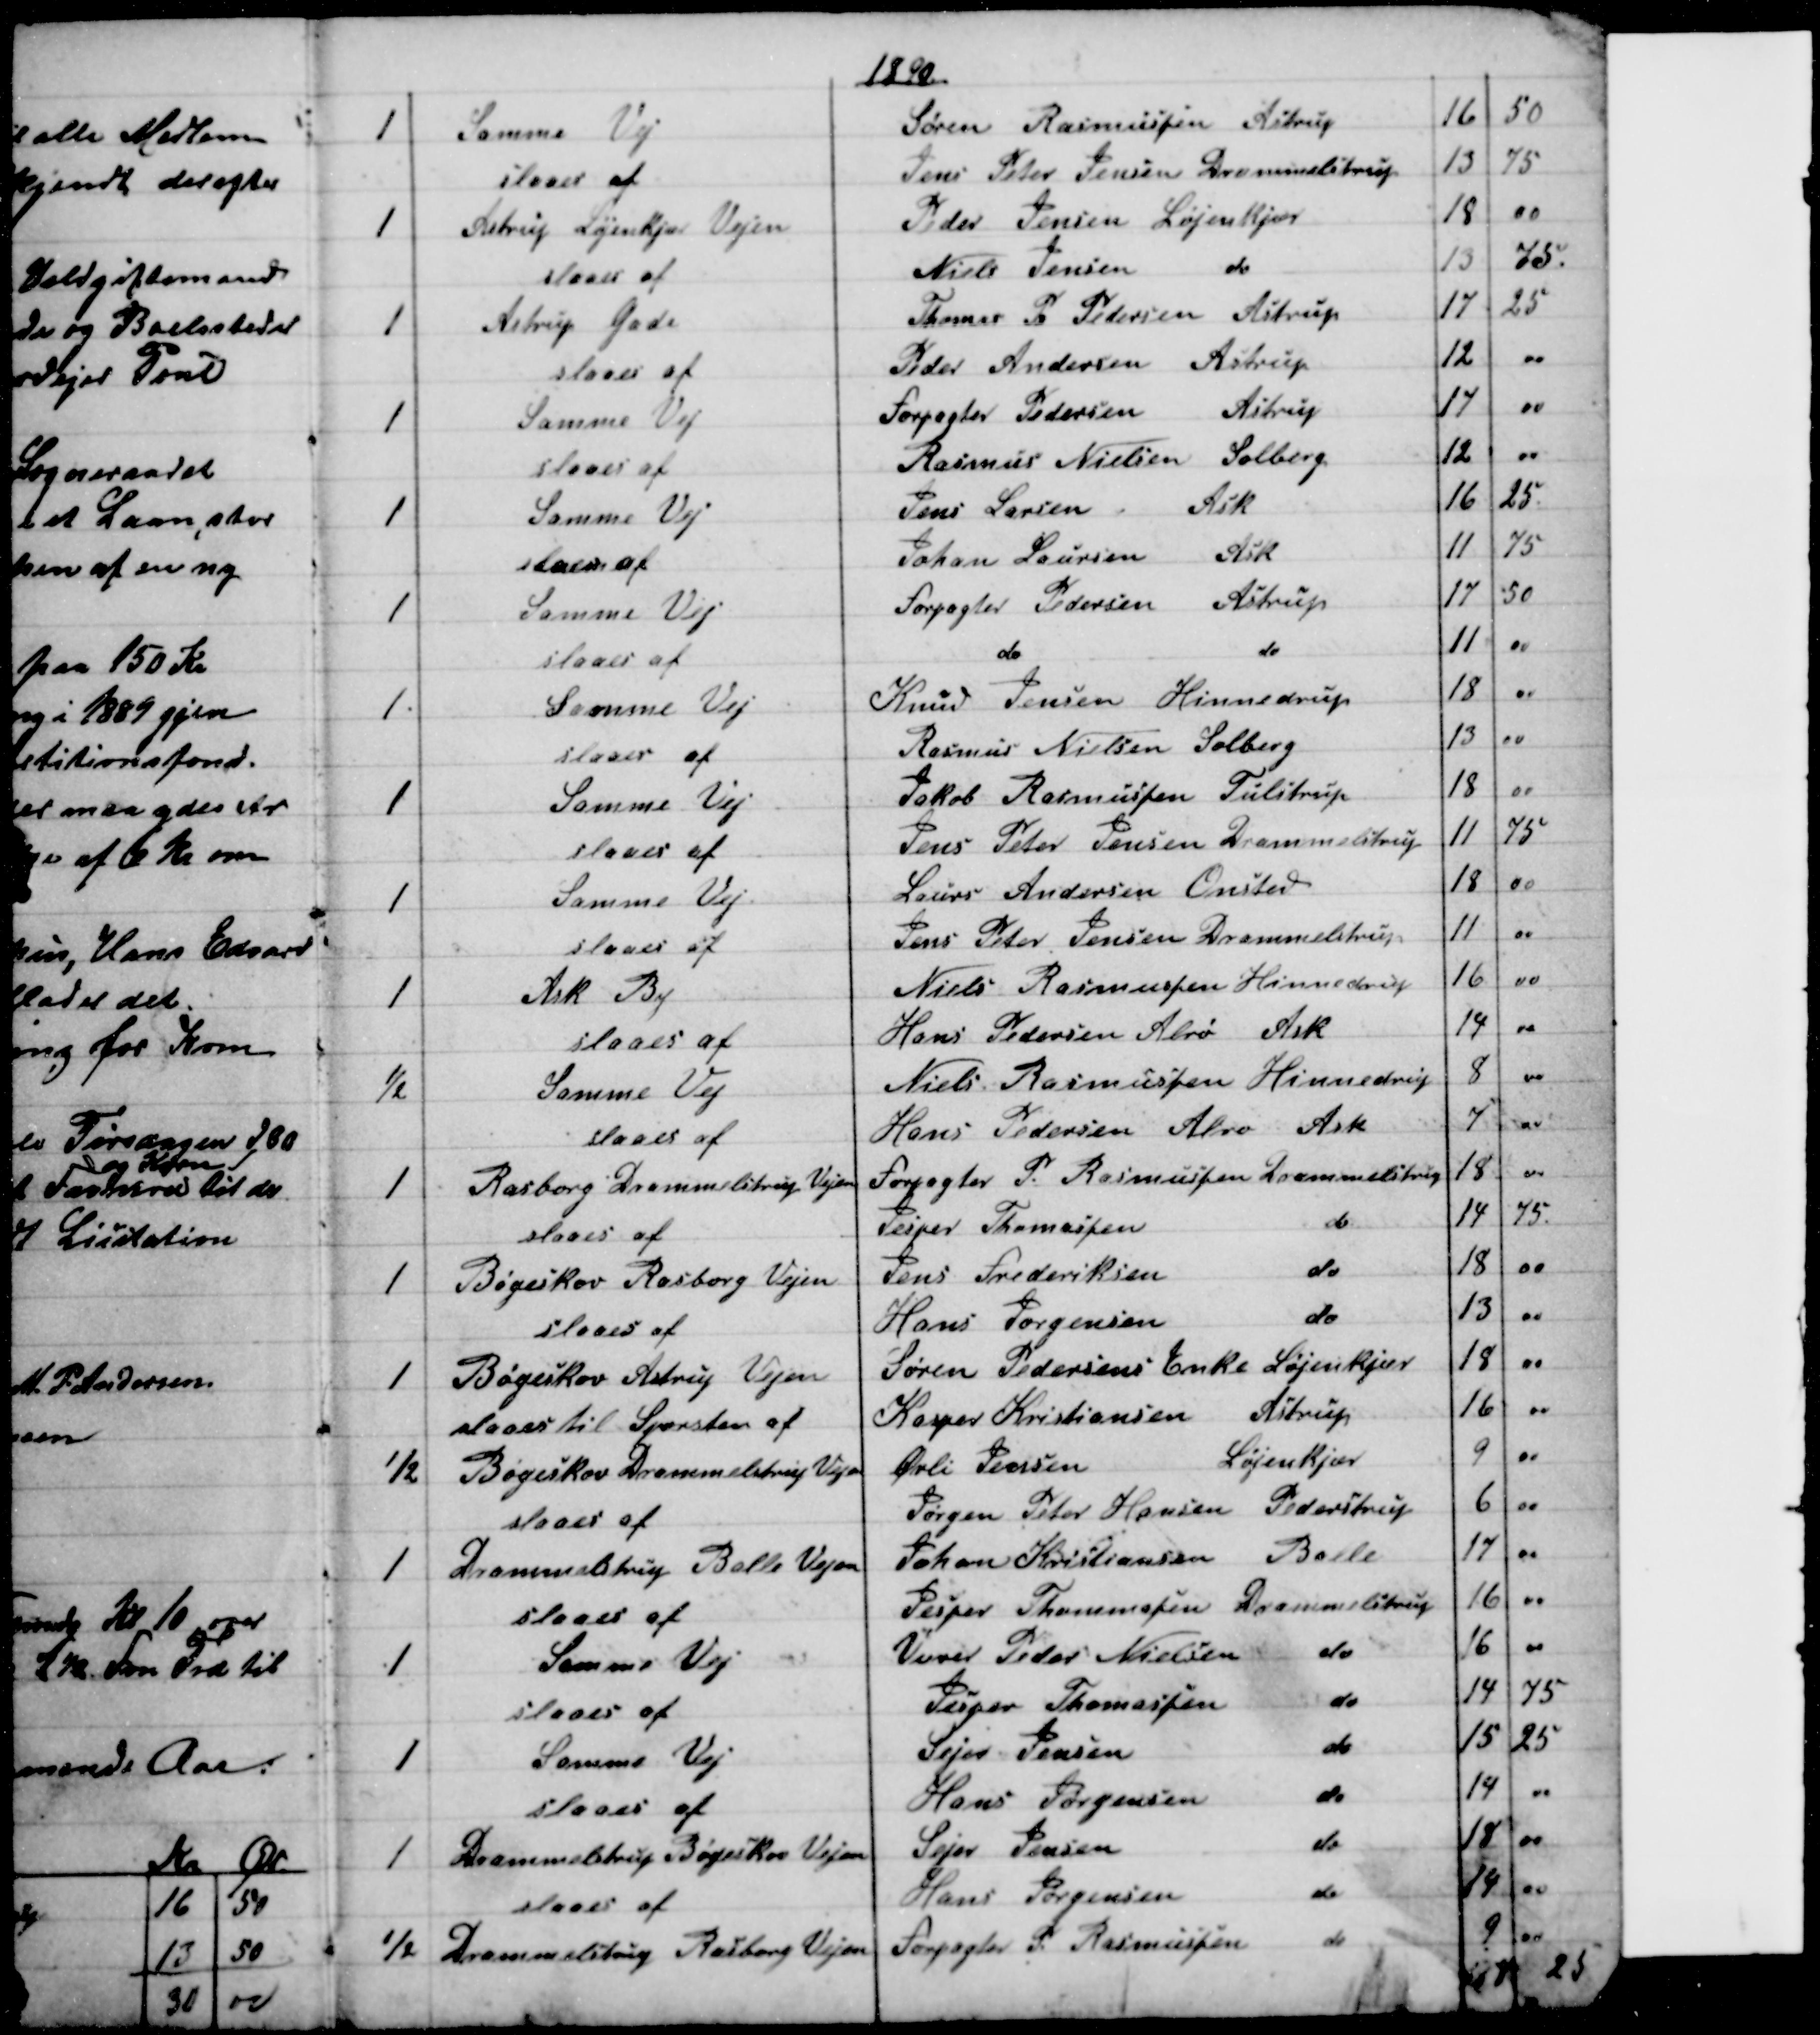
Transskription:
1890
1
Samme Vej
Søren Rasmussen Astrup
16
50
slaaes af
Jens Peter Jensen Drammelstrup
13
75
1
Astrup Løjenkjær Vejen
Peder Jensen Løjenkjær
18
00
slaaes af
Niels Jensen do
13
75.
1
Astrup Gade
Thomas P. Pedersen Astrup
17
25
slaaes af
Peder Andersen Astrup
12
00
1
Samme Vej
Forpagter Pedersen Astrup
17
00
slaaes af
Rasmus Nielsen  Solberg
12
00
1
Samme Vej
Jens Larsen  Ask
16
25.
slaaes af
Johan Laursen Ask
11
75
1
Samme Vej
Forpagter Pedersen Astrup
17
50
slaaes af
do 
do
11
00
1.
Samme Vej
Knud Jensen Hinnedrup
18
00
slaaes af
Rasmus Nielsen Solberg
13
00
1
Samme Vej
Jakob Rasmussen Tulstrup
18
00
slaaes af
Jens Peter Jensen Drammelstrup
11
75
1
Samme Vej
Laurs Andersen Onsted
18
00
slaaes af
Jens Peter Jensen Drammelstrup
11
00
1
Ask By
Niels Rasmussen Hinnedrup
16
00
slaaes af
Hans Pedersen Alrø Ask
14
00
½
Samme Vej
Niels Rasmussen Hinnedrup
8
00
slaaes af
Hans Pedersen Alrø Ask
7
00
1
Rasborg Drammelstrup Vejen
Forpagter P. Rasmussen Drammelstrup
18
00
slaaes af
Jesper Thomassen 
do
14
75.
1
Bøgeskov Rasborg Vejen
Jens Frederiksen 
do
18
00
slaaes af
Hans Jørgensen 
do
13
00
1
Bøgeskov Astrup Vejen
Søren Pedersens Enke Løjenkjær
18
00
slaaes til Sporsten af
Kasper Kristiansen Astrup
16
00
1/2
Bøgeskov Drammelstrup Vejen
Øvli Jensen 
Løjenkjær
9
00
slaaes af
Jørgen Peter Hansen Pederstrup
6
00
1
Drammelstrup Balle Vejen
Johan Kristiansen Balle
17
00
slaaes af
Jesper Thommasen Drammelstrup
16
00
1
Samme Vej
Væver Peder Nielsen 
do
16
00
slaaes af
Jesper Thomassen 
do
14
75
1
Samme Vej
Sejer Jensen 
do
15
25
slaaes af
Hans Jørgensen 
do
14
00
1
Drammelstrup Bøgeskov Vejen
Sejer Jensen 
do
18
00
slaaes af
Hans Jørgensen 
do
14
00
1/2
Drammelstrup Rasborg Vejen
Forpagter P. Rasmussen 
do
9
00

 25